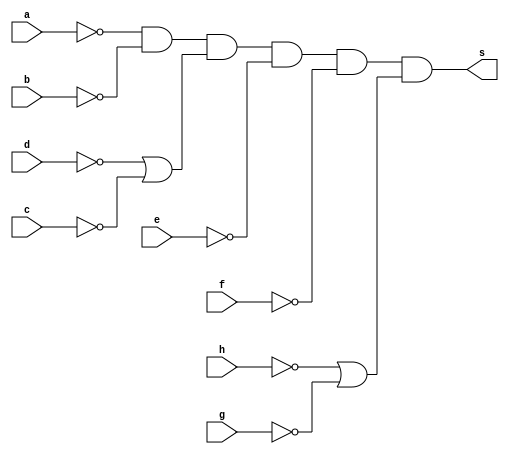
// -------------------------
// Exercicio0011 - (Extra)
// Nome: Breno Macena Pereira de Souza
// -------------------------

// -------------------------
// -- extra gate
// -------------------------
module extragates (output s, input a, b, c, d, e, f, g, h);
  assign s = ~a & ~b & (~d | ~c) & ~e & ~f & (~h | ~g);
endmodule // orgate1

// -------------------------
// -- test or gate
// -------------------------
module testorgate;
// ------------------------- dados locais
   reg a, b, c, d, e, f, g, h;
   wire s;
// ------------------------- instncias
   extragates EXTRA1 (s, a, b, c, d, e, f, g, h);

// ------------------------- preparao
initial begin:start
  a=0; b=0; c=0; d=0; e=0; f=0; g=0; h=0;
end

// ------------------------- parte principal
initial begin:main
     $display("Exerccio 0011 - Breno Macena - 462017");
     $display("Test combination of ports:");

	  $monitor("%b%b%b%b%b%b%b%b = %b", a, b, c, d, e, f, g, h, s);
#1   a=0; b=0; c=0; d=0; e=0; f=0; g=0; h=0;
#1   a=0; b=1; c=0; d=1; e=0; f=1; g=0; h=1;
#1   a=1; b=0; c=1; d=0; e=1; f=0; g=1; h=0;
#1   a=1; b=1; c=1; d=1; e=1; f=1; g=1; h=1;
end
endmodule // testorgate